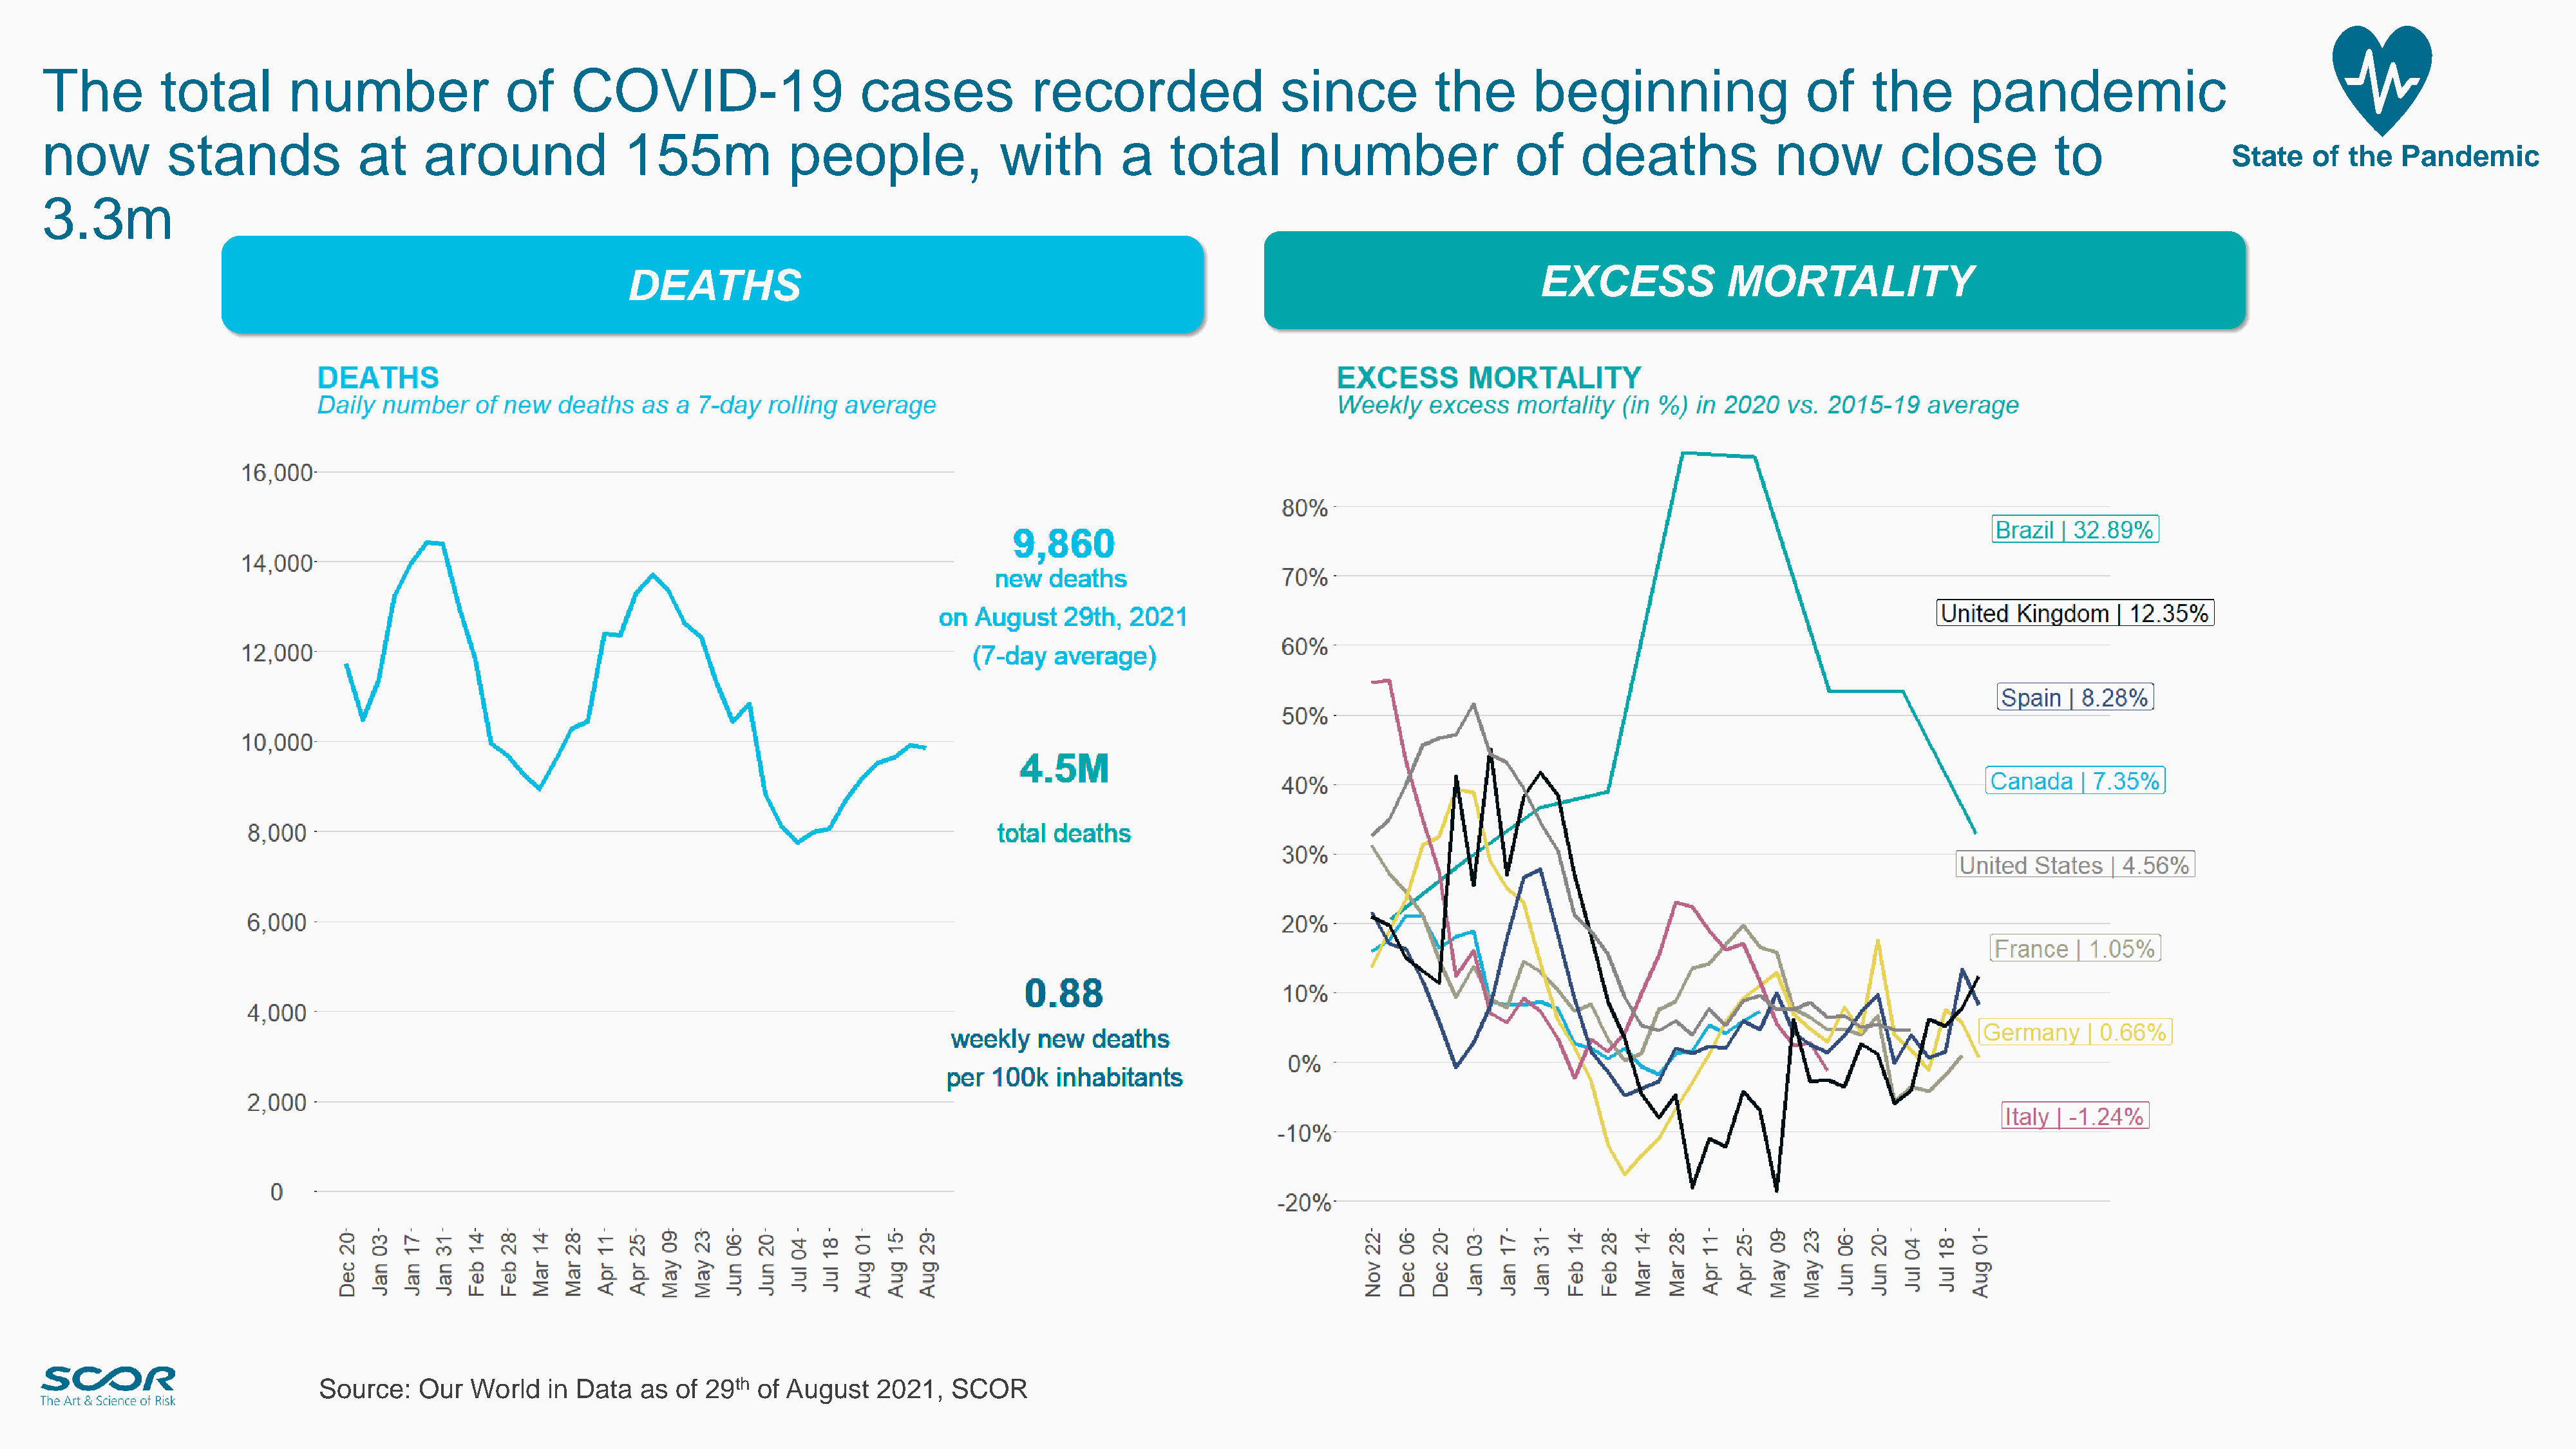
The         total         number                of     COVID-19                     cases             recorded                  since          the        beginning                   of    the        pandemic
 now          stands              at     around              155m             people,               with        a    total        number                 of    deaths              now          close           to
 State    of the   Pandemic
 3.3m
 EXCESS             MORTALITY
 DEATHS
 4
 Source:   Our  World   in Data   as of 29th  of August   2021,   SCOR